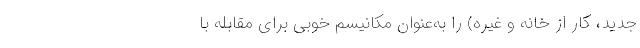
جدید، کار از خانه و غیره) را به‌عنوان مکانیسم خوبی برای مقابله با